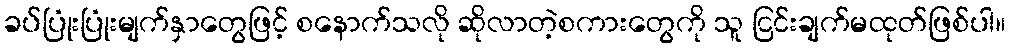
ခပ်ပြုံးပြုံးမျက်နှာတွေဖြင့် စနောက်သလို ဆိုလာတဲ့စကားတွေကို သူ ငြင်းချက်မထုတ်ဖြစ်ပါ။